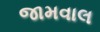
જામવાલ